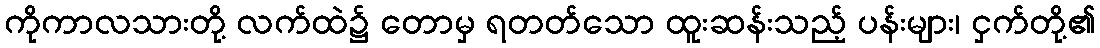
ကိုကာလသားတို့ လက်ထဲ၌ တောမှ ရတတ်သော ထူးဆန်းသည့် ပန်းများ၊ ငှက်တို့၏